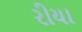
રીયા